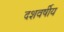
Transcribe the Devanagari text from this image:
दशवर्षीय